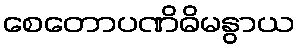
စေတောပဏိဓိမနွာယ